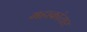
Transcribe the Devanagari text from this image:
महाकांतार